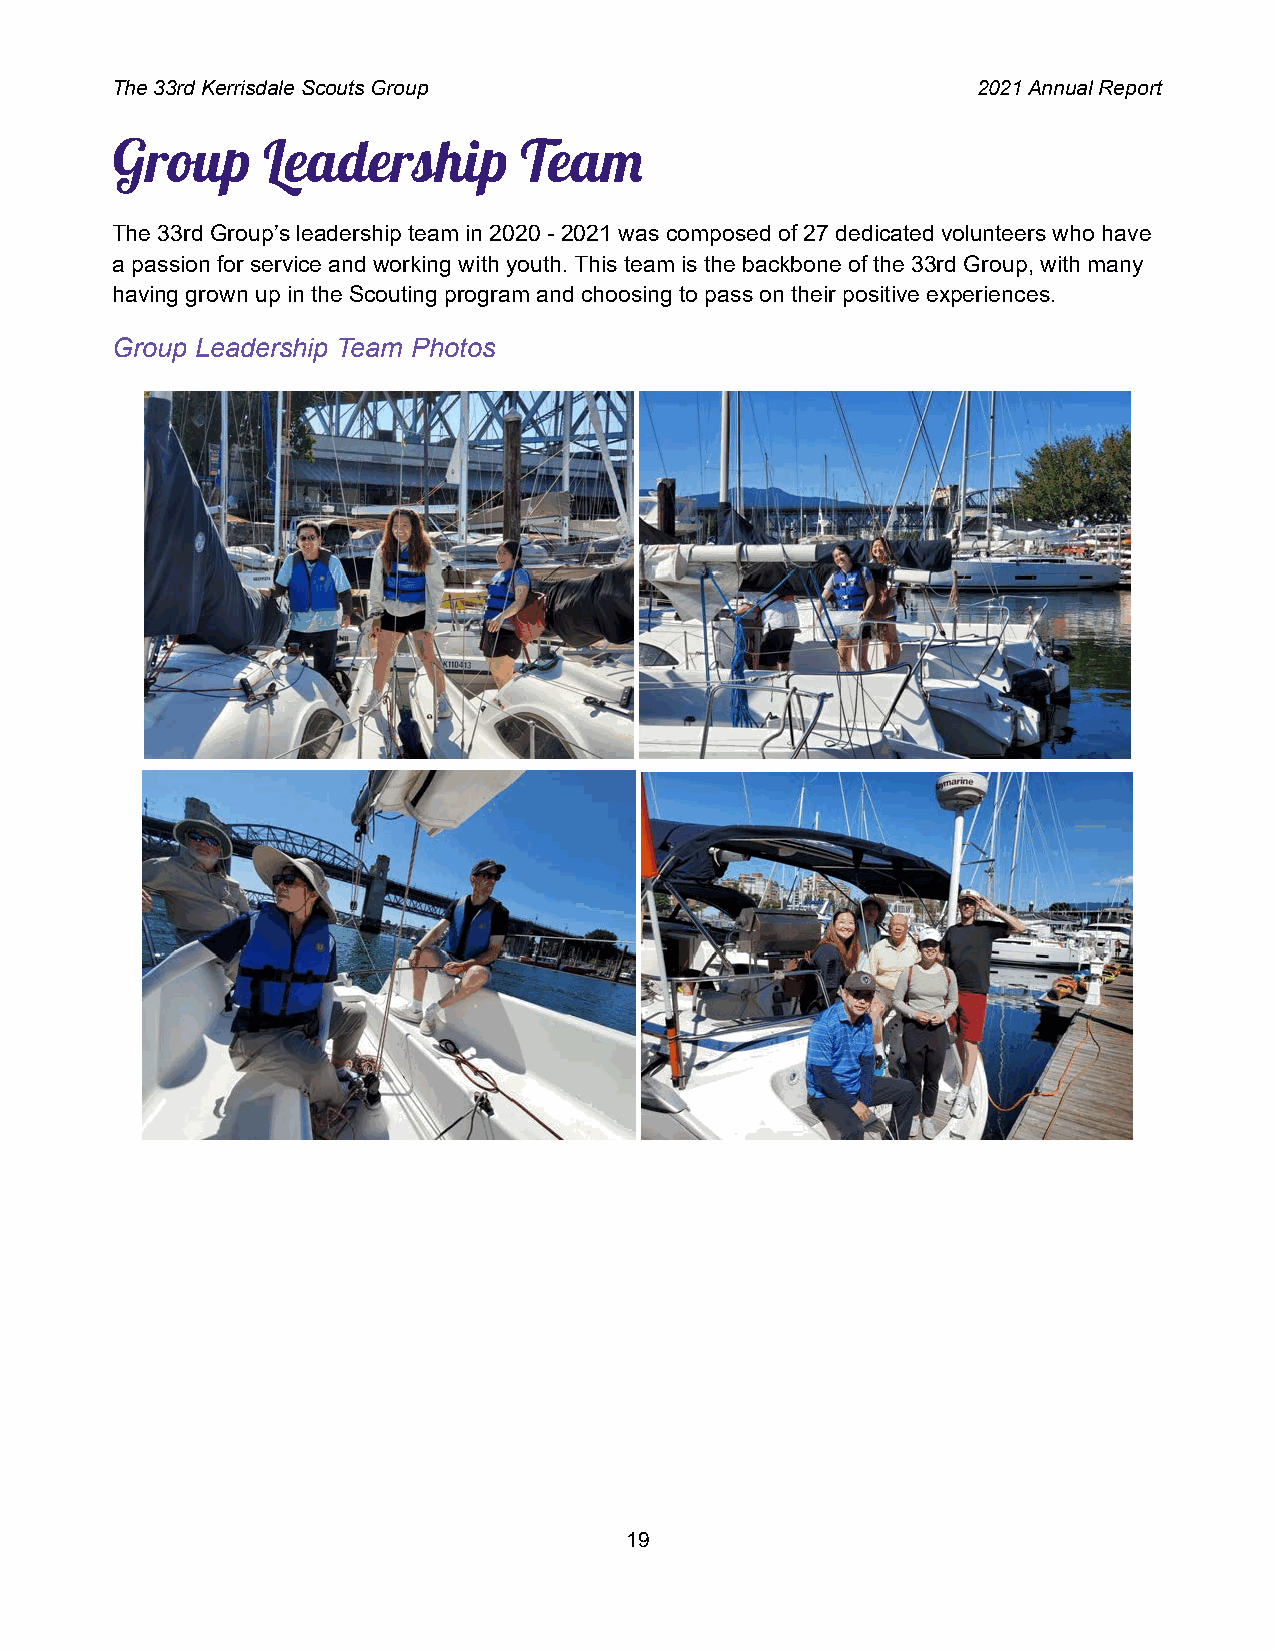
The 33rd Kerrisdale Scouts Group                          2021 Annual Report
 Group     Leadership       Tea
 The 33rd Group’s leadership team in 2020 - 2021 was composed of 27 dedicated volunteers who have
 a passion for service and working with youth. This team is the backbone of the 33rd Group, with many
 having grown up in the Scouting program and choosing to pass on their positive experiences.
 Group Leadership Team Photos
 19